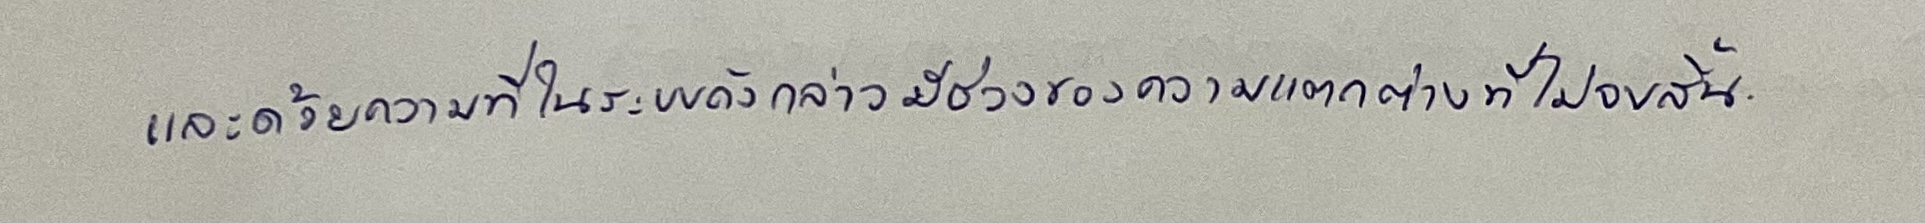
และด้วยความที่ในระบบดังกล่าวมีช่วงของความแตกต่างที่ไม่จบสิ้น